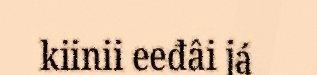
kiinii eeđâi já